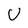
Character: U